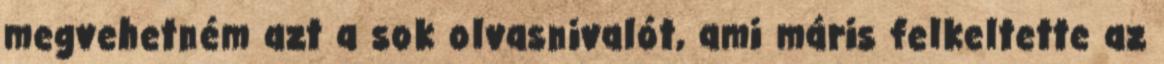
megvehetném azt a sok olvasnivalót, ami máris felkeltette az